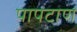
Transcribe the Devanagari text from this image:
पापटाण